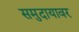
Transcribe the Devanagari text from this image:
समुदायावर